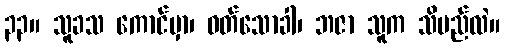
၃၃။ သူခသ ကောင်မှာ၊ ဝတ်သောခါ၊ ဘဇာ သူက သိမည်လဲ။